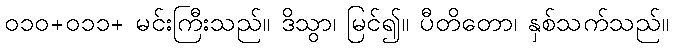
၀၁၀+၀၁၁+ မင်းကြီးသည်။ ဒိသွာ၊ မြင်၍။ ပီတိတော၊ နှစ်သက်သည်။